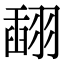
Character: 𦑪